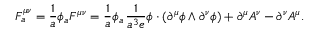
{ \cal F } _ { a } ^ { \mu \nu } = \frac { 1 } { a } \phi _ { a } { \cal F } ^ { \mu \nu } = \frac { 1 } { a } \phi _ { a } \, \frac { 1 } { a ^ { 3 } e } \phi \cdot ( \partial ^ { \mu } \phi \wedge \partial ^ { \nu } \phi ) + \partial ^ { \mu } A ^ { \nu } - \partial ^ { \nu } A ^ { \mu } .